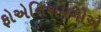
ફોએનિશયનોએ